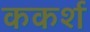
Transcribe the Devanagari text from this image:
ककर्श